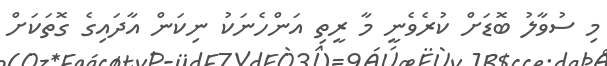
މި ސުވާލު ބޮޑަށް ކުރެވެނީ މާ ރީތި އަންހެނަކު ނިކަން އާދައިގެ ގޮތަކަށް